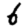
Digit: 6